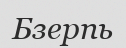
Бзерпь